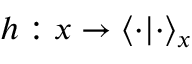
h : x \rightarrow \langle \cdot | \cdot \rangle _ { x }